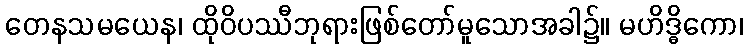
တေနသမယေန၊ ထိုဝိပဿီဘုရားဖြစ်တော်မူသောအခါ၌။ မဟိဒ္ဓိကော၊